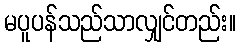
မပူပန်သည်သာလျှင်တည်း။